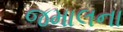
જમાલના